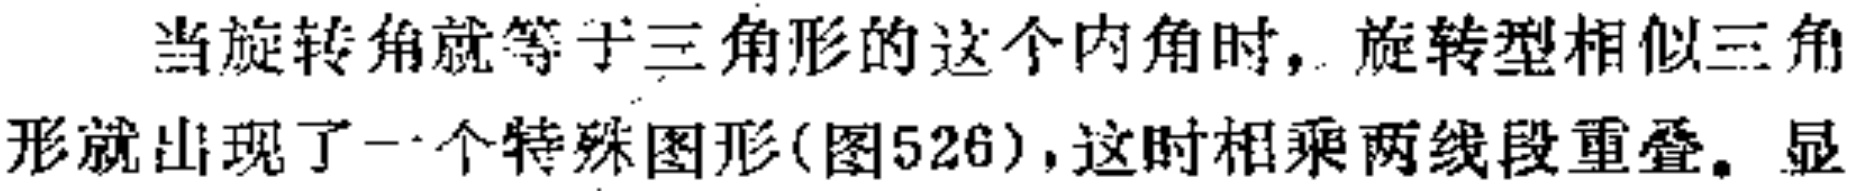
当旋转角就等于三角形的这个内角时，旋转型相似三角
形就出现了一个特殊图形(图526),这时相乘两线段重叠。显